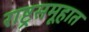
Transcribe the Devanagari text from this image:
राष्ट्रसमूहात